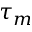
\tau _ { m }